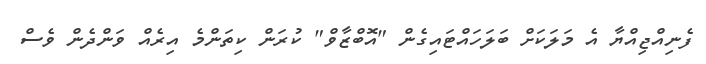
ފެނިއްޖިއްޔާ އެ މަލަކަށް ބަލަހައްޓައިގެން "އޮބްޒާވް" ކުރަން ކިތަންމެ އިރެއް ވަންދެން ވެސް